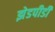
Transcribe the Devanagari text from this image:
झेडपीडी